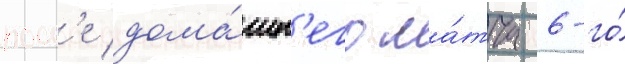
посл'е дома́шн'его ма́тча 6-го́